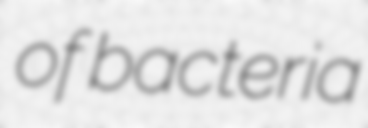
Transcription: of bacteria